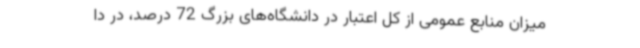
میزان منابع عمومی از کل اعتبار در دانشگاه‌های بزرگ 72 درصد، در دا